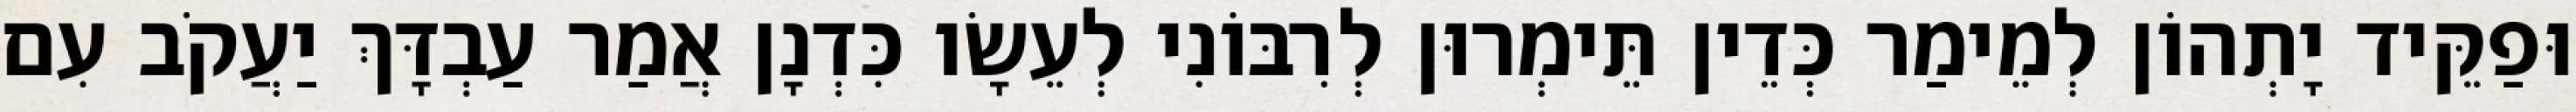
וּפַקֵּיד יָתְהוֹן לְמֵימַר כְּדֵין תֵּימְרוּן לְרִבּוֹנִי לְעֵשָׂו כִּדְנָן אֲמַר עַבְדָּךְ יַעֲקֹב עִם